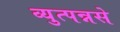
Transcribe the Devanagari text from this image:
व्युत्पन्नसे